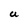
Character: U